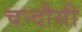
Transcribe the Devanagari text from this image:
चन्‍दौसी